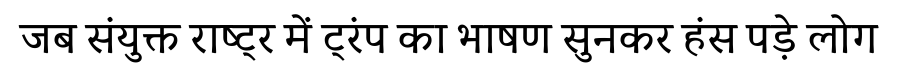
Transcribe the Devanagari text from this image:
जब संयुक्त राष्ट्र में ट्रंप का भाषण सुनकर हंस पड़े लोग